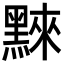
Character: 𪑚